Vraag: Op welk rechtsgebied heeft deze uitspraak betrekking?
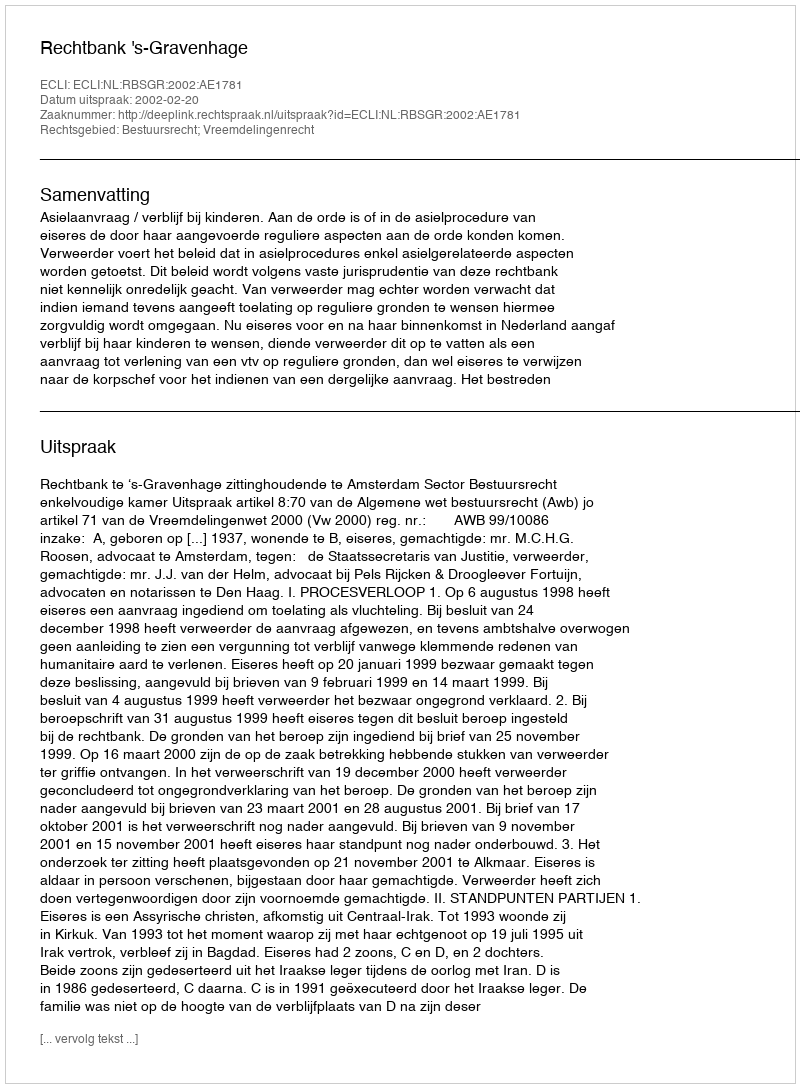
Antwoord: Bestuursrecht; Vreemdelingenrecht